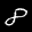
Label: 8